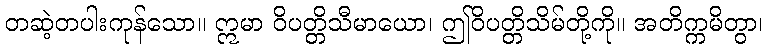
တဆဲ့တပါးကုန်သော။ ဣမာ ဝိပတ္တိသီမာယော၊ ဤဝိပတ္တိသိမ်တို့ကို။ အတိက္ကမိတွာ၊